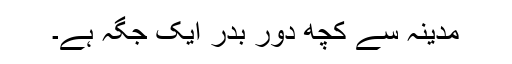
مدینہ سے کچھ دور بدر ایک جگہ ہے۔